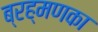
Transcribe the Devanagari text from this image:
ब्रह्मणका